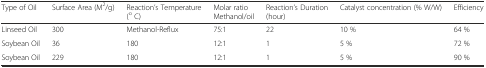
<table><thead><tr><td><b>Type of Oil</b></td><td><b>Surface Area (M<sup>2</sup>/g)</b></td><td><b>Reaction’s Temperature (<sup>o</sup> C)</b></td><td><b>Molar ratio Methanol/oil</b></td><td><b>Reaction’s Duration (hour)</b></td><td><b>Catalyst concentration (% W/W)</b></td><td><b>Efficiency</b></td></tr></thead><tbody><tr><td>Linseed Oil</td><td>300</td><td>Methanol-Reflux</td><td>75:1</td><td>22</td><td>10 %</td><td>64 %</td></tr><tr><td>Soybean Oil</td><td>36</td><td>180</td><td>12:1</td><td>1</td><td>5 %</td><td>72 %</td></tr><tr><td>Soybean Oil</td><td>229</td><td>180</td><td>12:1</td><td>1</td><td>5 %</td><td>90 %</td></tr></tbody></table>